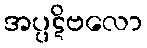
အပ္ပဋိဗလော